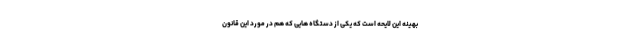
بهینه این لایحه است که یکی از دستگاه هایی که هم در مورد این قانون